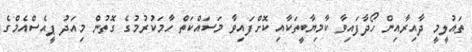
ތައުލީމީ ދާއިރާއިން ހޯދާފައިވާ ކާމިޔާބީތަކާއި ކޮށްފައިވާ މަސައްކަތް ހާމަކުރުމުގެ ގޮތުން މިއަދު ޕީއެސްއެމްގެ